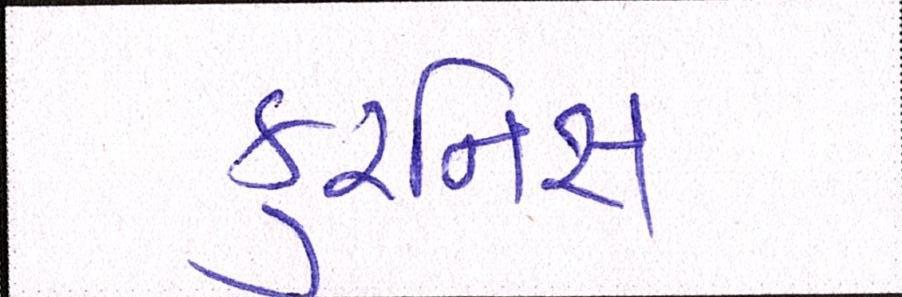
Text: કુરનિસ